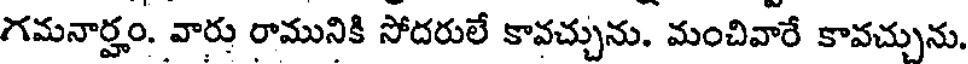
గమనార్హం. వారు రామునికి సోదరులే కావచ్చును. మంచివారే కావచ్చును.